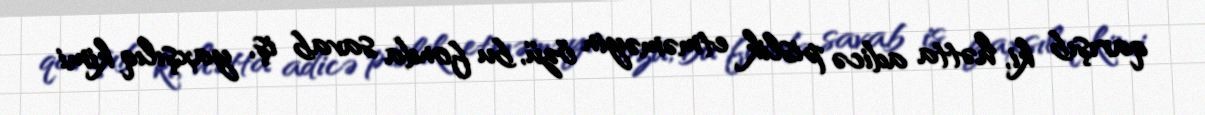
qarışıb ki, hətta adicə pislik etməməyin özü, bu fonda savab iş, yaxşılıq kimi